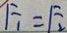
F _ { 1 } = F _ { 2 }